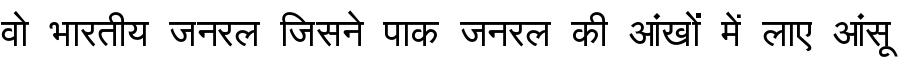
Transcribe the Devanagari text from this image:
वो भारतीय जनरल जिसने पाक जनरल की आंखों में लाए आंसू